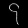
Digit: ၄